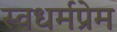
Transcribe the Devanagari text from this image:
स्वधर्मप्रेम